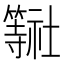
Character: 𮆠